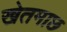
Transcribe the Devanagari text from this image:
खेतमाछ